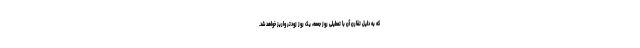
که به دلیل تقارن آن با تعطیلی روز جمعه، یک روز زودتر واریز خواهد شد.